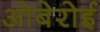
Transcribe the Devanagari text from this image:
ओबेरोई